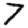
Digit: 7